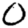
Digit: 0